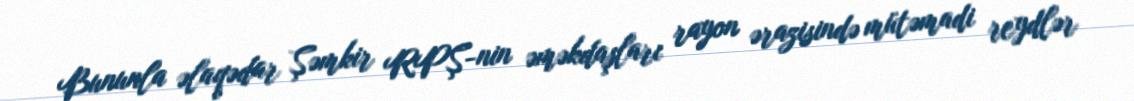
Bununla əlaqədar Şəmkir RPŞ-nin əməkdaşları rayon ərazisində mütəmadi reydlər